Annual report on the Civil Veterinary Department, Burma (including the Insein Veterinary School) - 1923-1931
Year: 1923
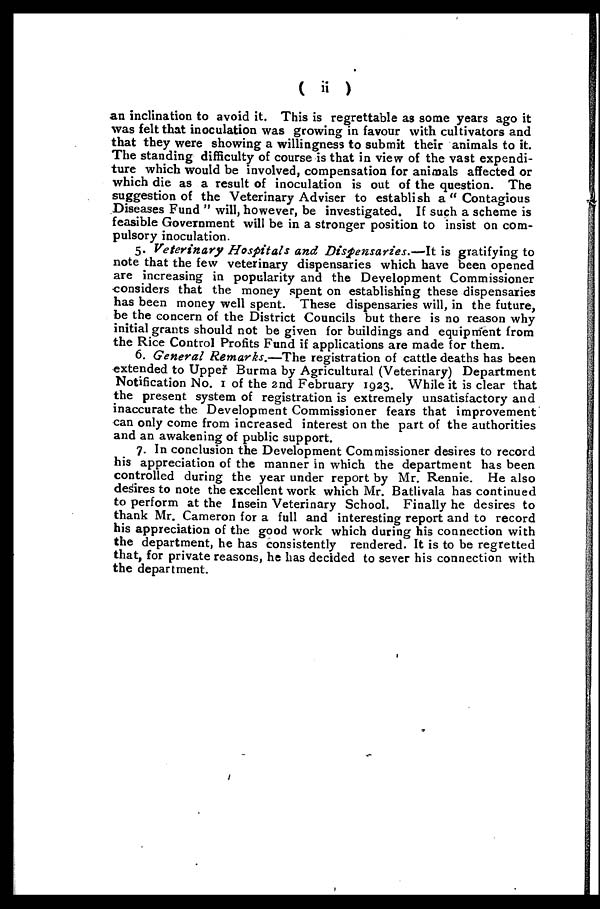
( ii )
an inclination to avoid it. This is regrettable as some years ago it
was felt that inoculation was growing in favour with cultivators and
that they were showing a willingness to submit their animals to it.
The standing difficulty of course is that in view of the vast expendi-
ture which would be involved, compensation for animals affected or
which die as a result of inoculation is out of the question. The
suggestion of the Veterinary Adviser to establish a " Contagious
Diseases Fund " will, however, be investigated. If such a scheme is
feasible Government will be in a stronger position to insist on com-
pulsory inoculation.
5. Veterinary Hospitals and Dispensaries.—It
is gratifying to
note that the few veterinary dispensaries which have been opened
are increasing in popularity and the Development Commissioner
considers that the money spent on establishing these dispensaries
has been money well spent. These dispensaries will, in the future,
be the concern of the District Councils but there is no reason why
initial grants should not be given for buildings and equipment from
the Rice Control Profits Fund if applications are made for them.
6. General Remarks.—The registration of cattle deaths has been
extended to Upper Burma by Agricultural (Veterinary) Department
Notification No. 1 of the 2nd February 1923. While it is clear that
the present system of registration is extremely unsatisfactory and
inaccurate the Development Commissioner fears that improvement
can only come from increased interest on the part of the authorities
and an awakening of public support.
7. In conclusion the Development Commissioner desires to record
his appreciation of the manner in which the department has been
controlled during the year under report by Mr. Rennie. He also
desires to note the excellent work which Mr. Batlivala has continued
to perform at the Insein Veterinary School. Finally he desires to
thank Mr. Cameron for a full and interesting report and to record
his appreciation of the good work which during his connection with
the department, he has consistently rendered. It is to be regretted
that, for private reasons, he has decided to sever his connection with
the department.